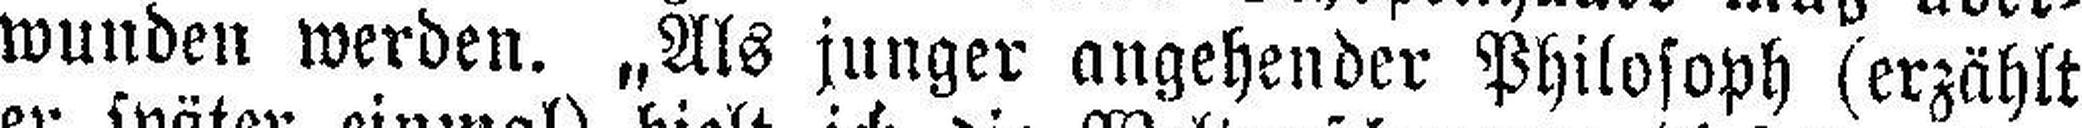
wunden werden. „Als junger angehender Philosoph (erzählt